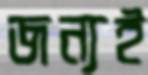
জন্যই